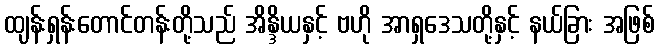
ထျန်းရှန်းတောင်တန်းတို့သည် အိန္ဒိယနှင့် ဗဟို အာရှဒေသတို့နှင့် နယ်ခြား အဖြစ်